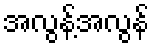
အလွန့်အလွန်